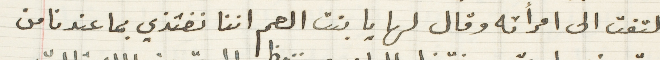
التفت الى امرأته وقال لها يا بنت العم اننا نغتذي بما عندنا من